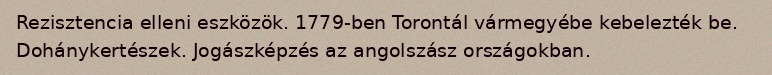
Rezisztencia elleni eszközök. 1779-ben Torontál vármegyébe kebelezték be. Dohánykertészek. Jogászképzés az angolszász országokban.